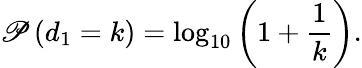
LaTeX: \mathscr{P}\left(d_{1}=k\right)=\log_{10}\left(1+\frac{1}{k}\right).